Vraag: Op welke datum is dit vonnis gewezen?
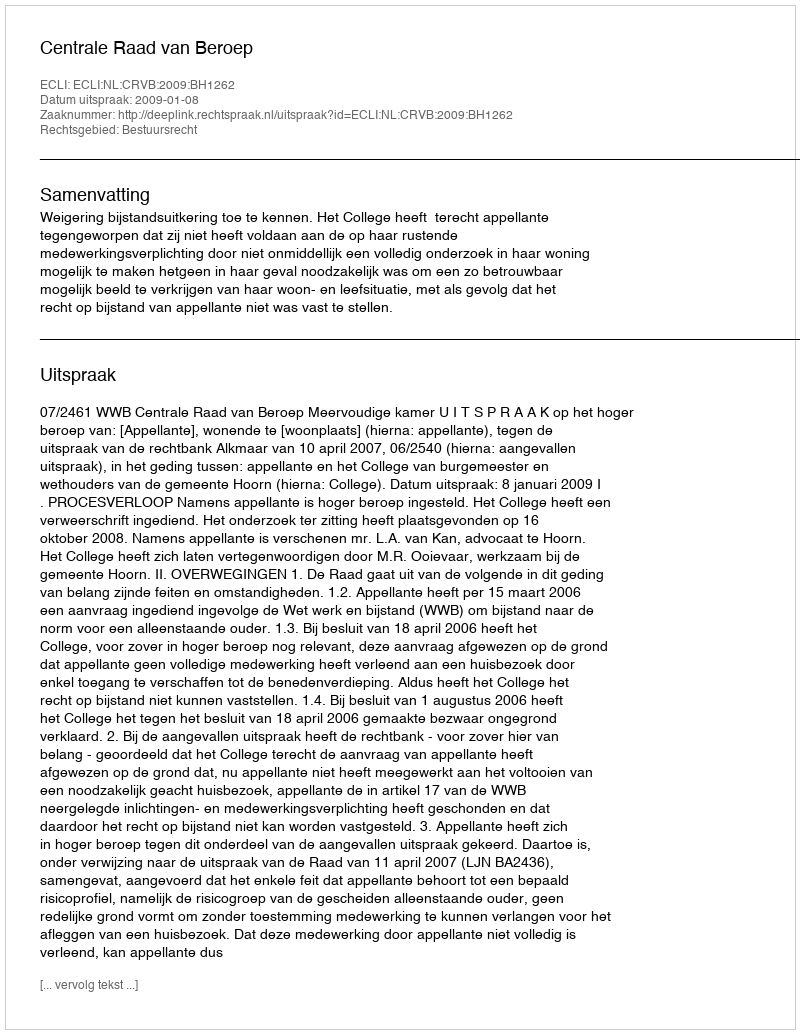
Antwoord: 2009-01-08